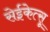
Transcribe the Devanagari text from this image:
सेईकेत्सू